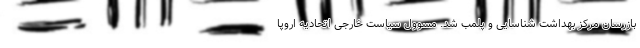
بازرسان مرکز بهداشت شناسایی و پلمب شد. مسوول سیاست خارجی اتحادیه اروپا